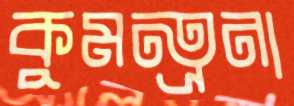
কুমন্ত্রনা